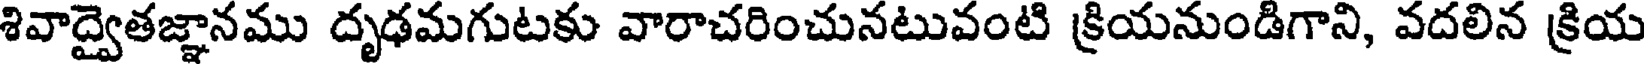
శివాద్వైతజ్ఞానము దృఢమగుటకు వారాచరించునటువంటి క్రియనుండిగాని, వదలిన క్రియ